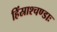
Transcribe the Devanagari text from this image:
हिंस्राश्चण्डाः